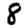
Digit: 8